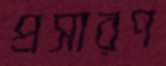
প্রসারণ